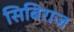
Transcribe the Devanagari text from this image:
सिबिराज